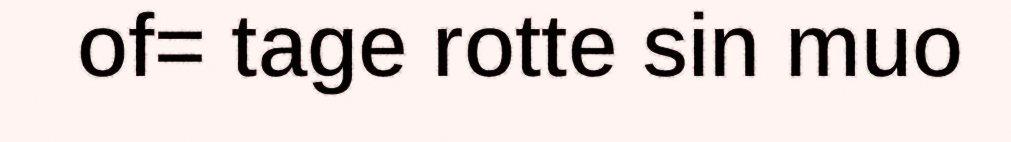
of= tage rotte sin muo